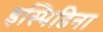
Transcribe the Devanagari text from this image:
इस्पिडिना